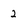
Character: 2